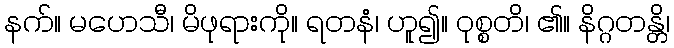
နက်။ မဟေသီ၊ မိဖုရားကို။ ရတနံ၊ ဟူ၍။ ဝုစ္စတိ၊ ၏။ နိဂ္ဂတန္တိ၊